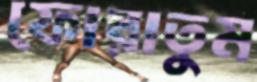
ফোরাতুম